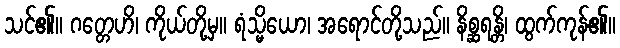
သင်၏။ ဂတ္တေဟိ၊ ကိုယ်တို့မှ။ ရံသ္မိယော၊ အရောင်တို့သည်။ နိစ္ဆရန္တိ၊ ထွက်ကုန်၏။